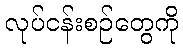
လုပ်ငန်းစဉ်တွေကို